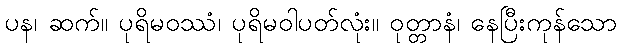
ပန၊ ဆက်။ ပုရိမဝဿံ၊ ပုရိမဝါပတ်လုံး။ ဝုတ္တာနံ၊ နေပြီးကုန်သော